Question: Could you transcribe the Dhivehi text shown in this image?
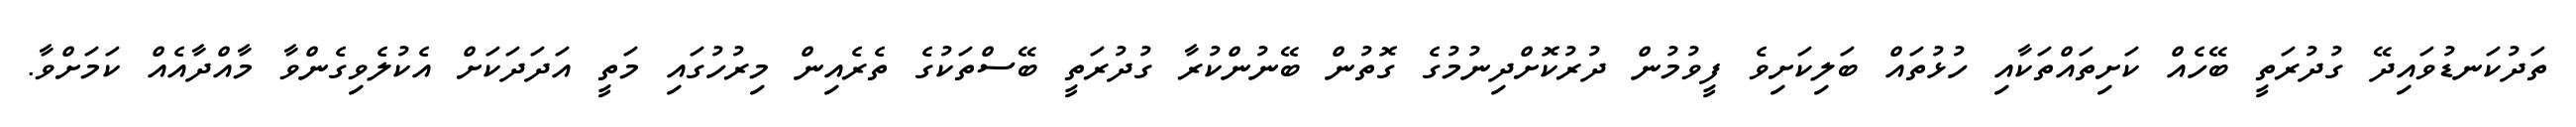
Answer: ތަދުކަނޑުވައިދޭ ގުދުރަތީ ބޭހެއް ކަށިތައްތަކާއި ހުޅުތައް ބަލިކަށިވެ ފީވުމުން ދުރުކޮށްދިނުމުގެ ގޮތުން ބޭނުންކުރާ ގުދުރަތީ ބޭސްތަކުގެ ތެރެއިން މިރުހުގައި މަތީ އަދަދަކަށް އެކުލެވިގެންވާ މާއްދާއެއް ކަމަށްވާ.